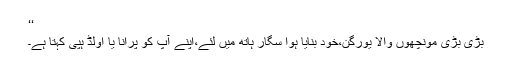
‘‘
بڑی بڑی مونچھوں والا یورگن،خود بنایا ہوا سگار ہاتھ میں لئے،اپنے آپ کو پرانا یا اولڈ ہپی کہتا ہے۔